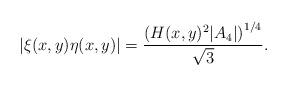
LaTeX: \begin{align*}|\xi(x , y) \eta(x , y)| = \frac{\left(H(x , y)^2|A_{4}|\right)^{1/4}}{\sqrt{3}}.\end{align*}